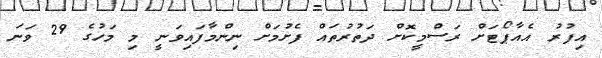
އިފުރު އެއާޕޯޓަށް ރަސްމީކޮށް ދަތުރުތައް ފެށުމަށް ނިންމާފައިވަނީ މި މަހުގެ 29 ވަނަ